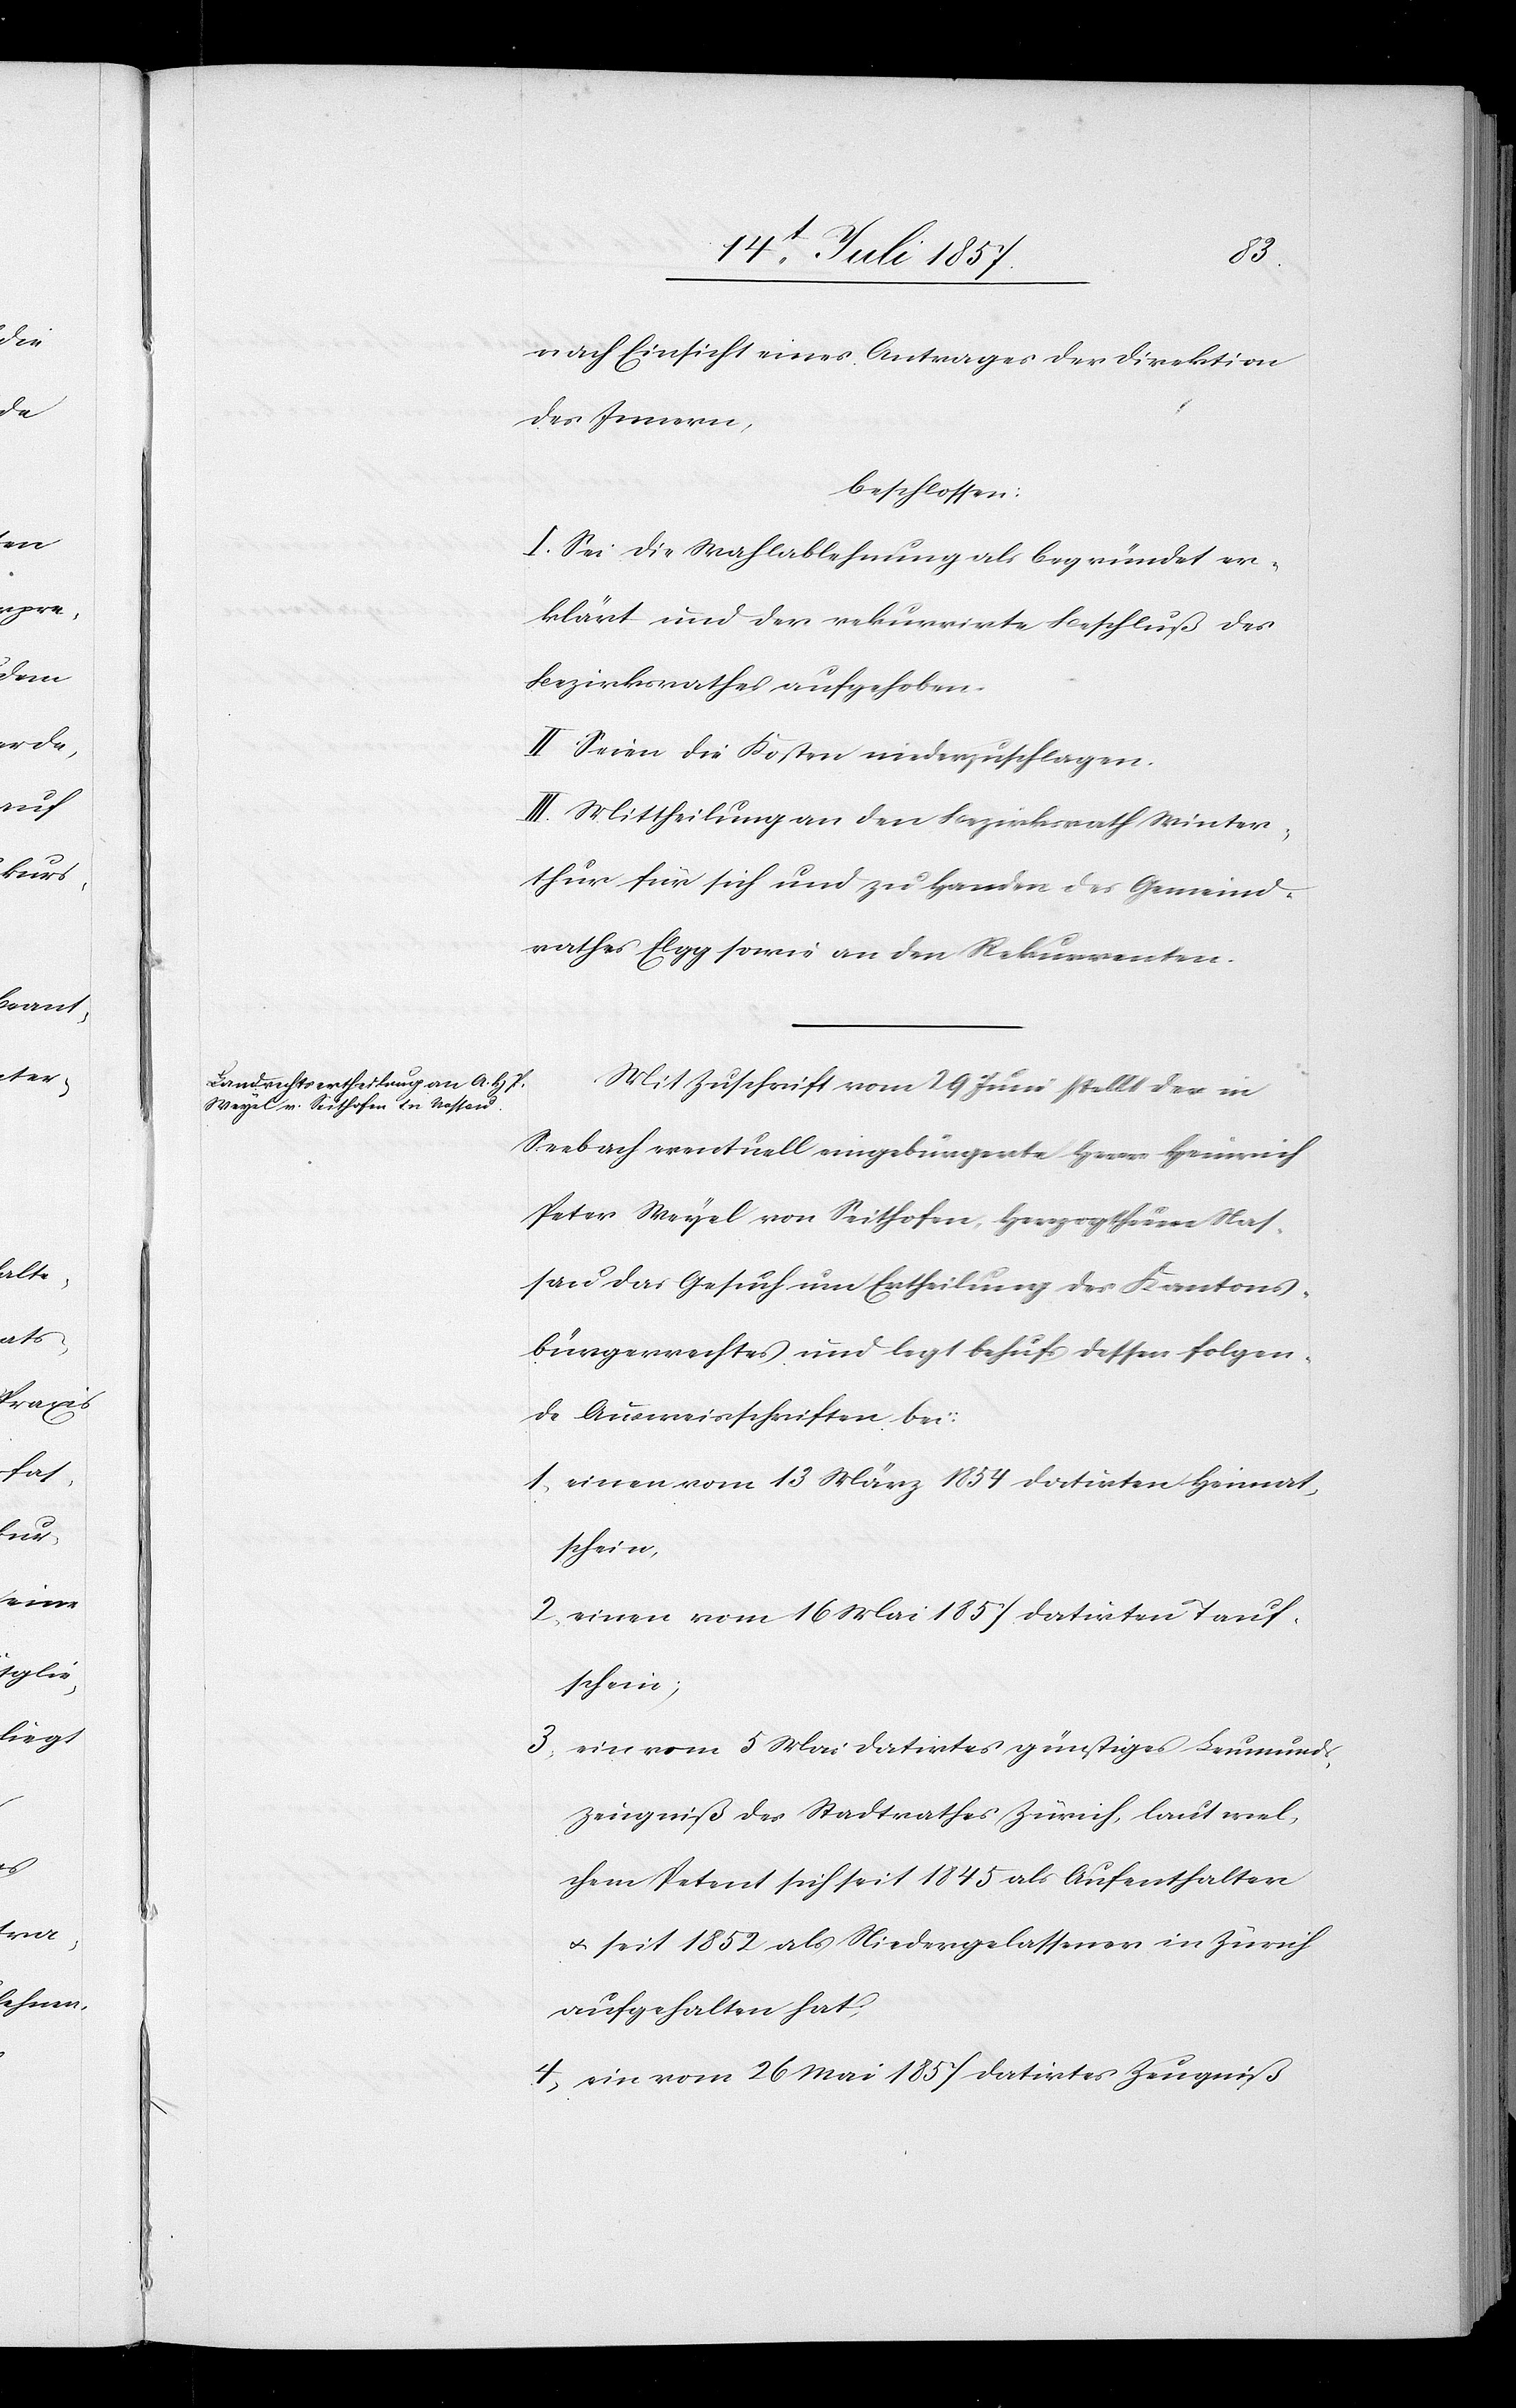
nach Einsicht eines Antrages der Direktion
des Innern,
beschlossen:
I. Sei die Wahlablehnung als begründet er¬
klärt und der rekurrirte Beschluß des
Bezirksrathes aufgehoben.
II. Seien die Kosten niederzuschlagen.
III. Mittheilung an den Bezirksrath Winter¬
thur für sich und zu Handen des Gemeind¬
rathes Elgg sowie an den Rekurrenten.
Mit Zuschrift vom 29 Juni stellt der in
Seebach eventuell eingebürgerte Herr Heinrich
Peter Weyel von Seithofen, Herzogthum Nas¬
sau das Gesuch um Ertheilung des Kantons¬
bürgerrechtes und legt behufs dessen folgen¬
de Ausweisschriften bei:
1. einen vom 13 März 1854 datirten Heimat¬
schein,
2. einen vom 16 Mai 1857 datirten Tauf¬
schein;
3. ein vom 5 Mai datirtes günstiges Leumunds¬
zeugniß des Stadtrathes Zürich, laut wel¬
chem Petent sich seit 1845 als Aufenthalter
& seit 1852 als Niedergelassener in Zürich
aufgehalten hat.
4. ein vom 26 Mai 1857 datirtes Zeugniß